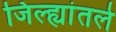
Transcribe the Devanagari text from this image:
जिल्ह्यांतले